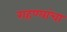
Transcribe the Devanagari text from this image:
राहण्यांचा